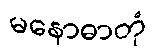
မနောဓာတုံ